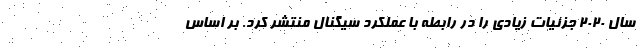
سال ۲۰۲۰ جزئیات زیادی را در رابطه با عملکرد سیگنال منتشر کرد. بر اساس